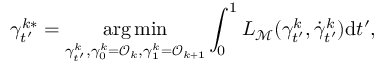
\gamma _ { t ^ { \prime } } ^ { k * } = \underset { \gamma _ { t ^ { \prime } } ^ { k } , \gamma _ { 0 } ^ { k } = \mathcal { O } _ { k } , \gamma _ { 1 } ^ { k } = \mathcal { O } _ { k + 1 } } { \arg \operatorname* { m i n } } \int _ { 0 } ^ { 1 } L _ { { \mathcal { M } } } ( \gamma _ { t ^ { \prime } } ^ { k } , \dot { \gamma } _ { t ^ { \prime } } ^ { k } ) \mathrm { d } t ^ { \prime } ,